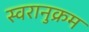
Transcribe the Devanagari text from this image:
स्वरानुक्रम